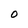
Character: 0